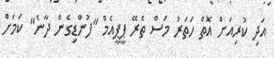
އަދި ކުރިއަށް އޮތް ހަތަރު މަސް ތެރޭ ޕީޕީއެމް "ފުންޑިގެން ދާނެ" ކަމަށް